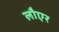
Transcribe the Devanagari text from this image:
लौएर